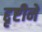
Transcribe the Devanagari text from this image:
द्दृष्टीने